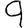
Digit: 9